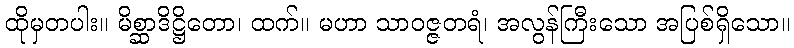
ထိုမှတပါး။ မိစ္ဆာဒိဋ္ဌိတော၊ ထက်။ မဟာ သာဝဇ္ဇတရံ၊ အလွန်ကြီးသော အပြစ်ရှိသော။